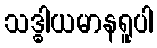
သဒ္ဓါယမာနရူပါ